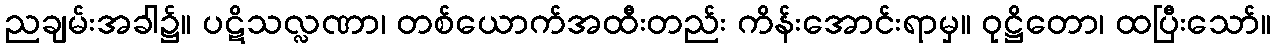
ညချမ်းအခါ၌။ ပဋိသလ္လဏာ၊ တစ်ယောက်အထီးတည်း ကိန်းအောင်းရာမှ။ ဝုဋ္ဌိတော၊ ထပြီးသော်။